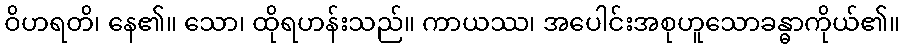
ဝိဟရတိ၊ နေ၏။ သော၊ ထိုရဟန်းသည်။ ကာယဿ၊ အပေါင်းအစုဟူသောခန္ဓာကိုယ်၏။